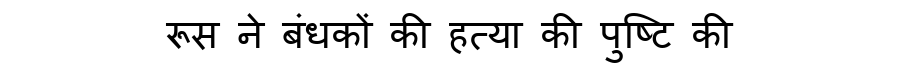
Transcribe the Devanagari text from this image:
रूस ने बंधकों की हत्या की पुष्टि की